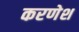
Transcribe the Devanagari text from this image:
करणेश